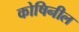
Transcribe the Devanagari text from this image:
कोषिनील